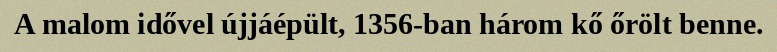
A malom idővel újjáépült, 1356-ban három kő őrölt benne.